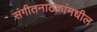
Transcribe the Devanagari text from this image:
संगीतनाटकांमधील